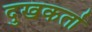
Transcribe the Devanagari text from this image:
दुखकर्ता